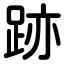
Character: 跡